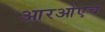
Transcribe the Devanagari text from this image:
आरओएच